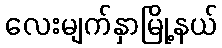
လေးမျက်နှာမြို့နယ်